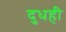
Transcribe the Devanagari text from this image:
दुधही